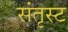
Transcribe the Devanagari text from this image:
संतृस्ट